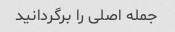
جمله اصلی را برگردانید